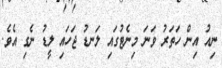
ނިއު އިން ހަތަރު ވަނަ މިނެޓުގައި ލަނޑު ޖަހައި ލީޑު ނެގި އެވެ.